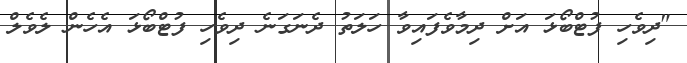
"ދިވެހި ފުޓްބޯޅަ އަށް ދިމާވެފައިވާ ހަލަތު ދެނަގަނެ ދިވެހި ފުޓްބޯޅަ އެހެން ލެވެލް